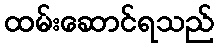
ထမ်းဆောင်ရသည်